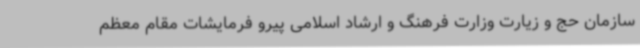
سازمان حج و زیارت وزارت فرهنگ و ارشاد اسلامی پیرو فرمایشات مقام معظم